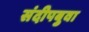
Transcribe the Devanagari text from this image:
संदीपबुवा